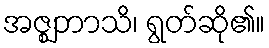
အဇ္ဈဘာသိ၊ ရွတ်ဆို၏။